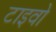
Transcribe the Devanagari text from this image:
टाइवो